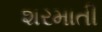
શરમાતી